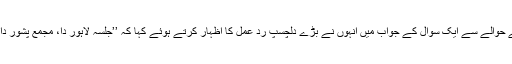
پی ٹی آئی کے جلسے کے حوالے سے ایک سوال کے جواب میں انہوں نے بڑے دلچسپ رد عمل کا اظہار کرتے ہوئے کہا کہ ’’جلسہ لاہور دا، مجمع پشور دا اور ایجنڈا کسے ہور دا‘‘۔